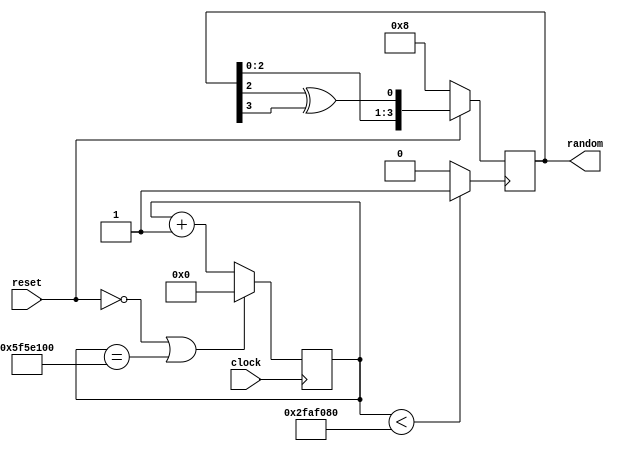
module lfsr_43 (clock, reset, random);
    input clock, reset;
    output [3:0] random;

    reg [3:0] random;
    reg [27:0] diver;
    reg clock_1hz;

    always@(posedge clock) begin
        if(~reset || diver == 100000000) begin
            diver = 0;
        end else begin
            diver = diver + 1;
        end
    end

    always @ (diver) begin
        if (diver < 50000000) begin
            clock_1hz = 1;
        end else begin
            clock_1hz = 0;
        end
    end

    // always @ (clock) begin
    //     clock_1hz = clock;
    // end

    always @ (posedge clock_1hz) begin
        if (~reset) begin
            random = 4'b1000;
        end else begin
            random = {random[2:0], random[2] ^ random[3]};
        end
    end

endmodule // lfsr_43